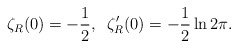
\begin{align*}\zeta_R(0)=-\frac{1}{2}, \;\; \zeta'_R(0)=-\frac{1}{2}\ln 2\pi.\end{align*}